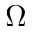
\Omega